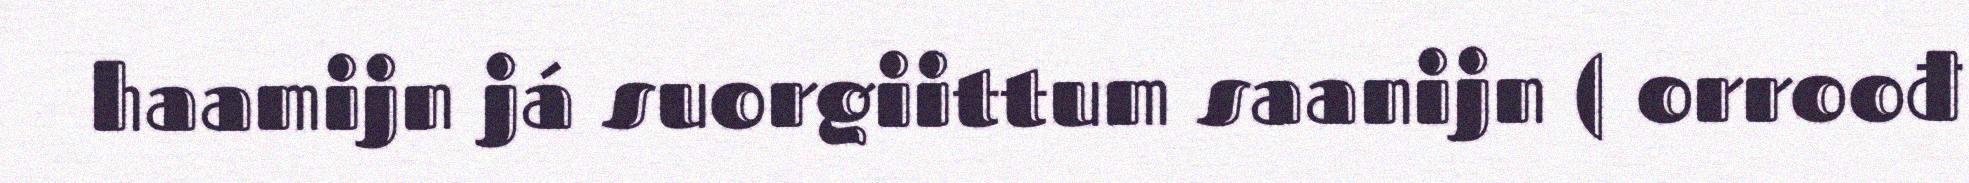
haamijn já suorgiittum saanijn ( orroođ